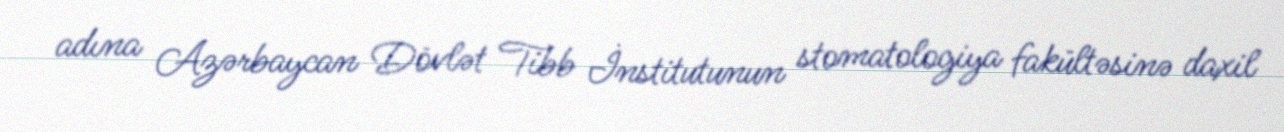
adına Azərbaycan Dövlət Tibb İnstitutunun stomatologiya fakültəsinə daxil